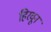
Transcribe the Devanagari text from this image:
हिरवून